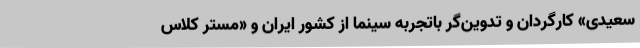
سعیدی» کارگردان و تدوین‌گر باتجربه سینما از کشور ایران و «مستر کلاس